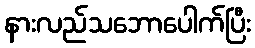
နားလည်သဘောပေါက်ပြီး